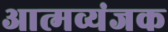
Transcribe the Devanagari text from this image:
आत्मव्यंजक